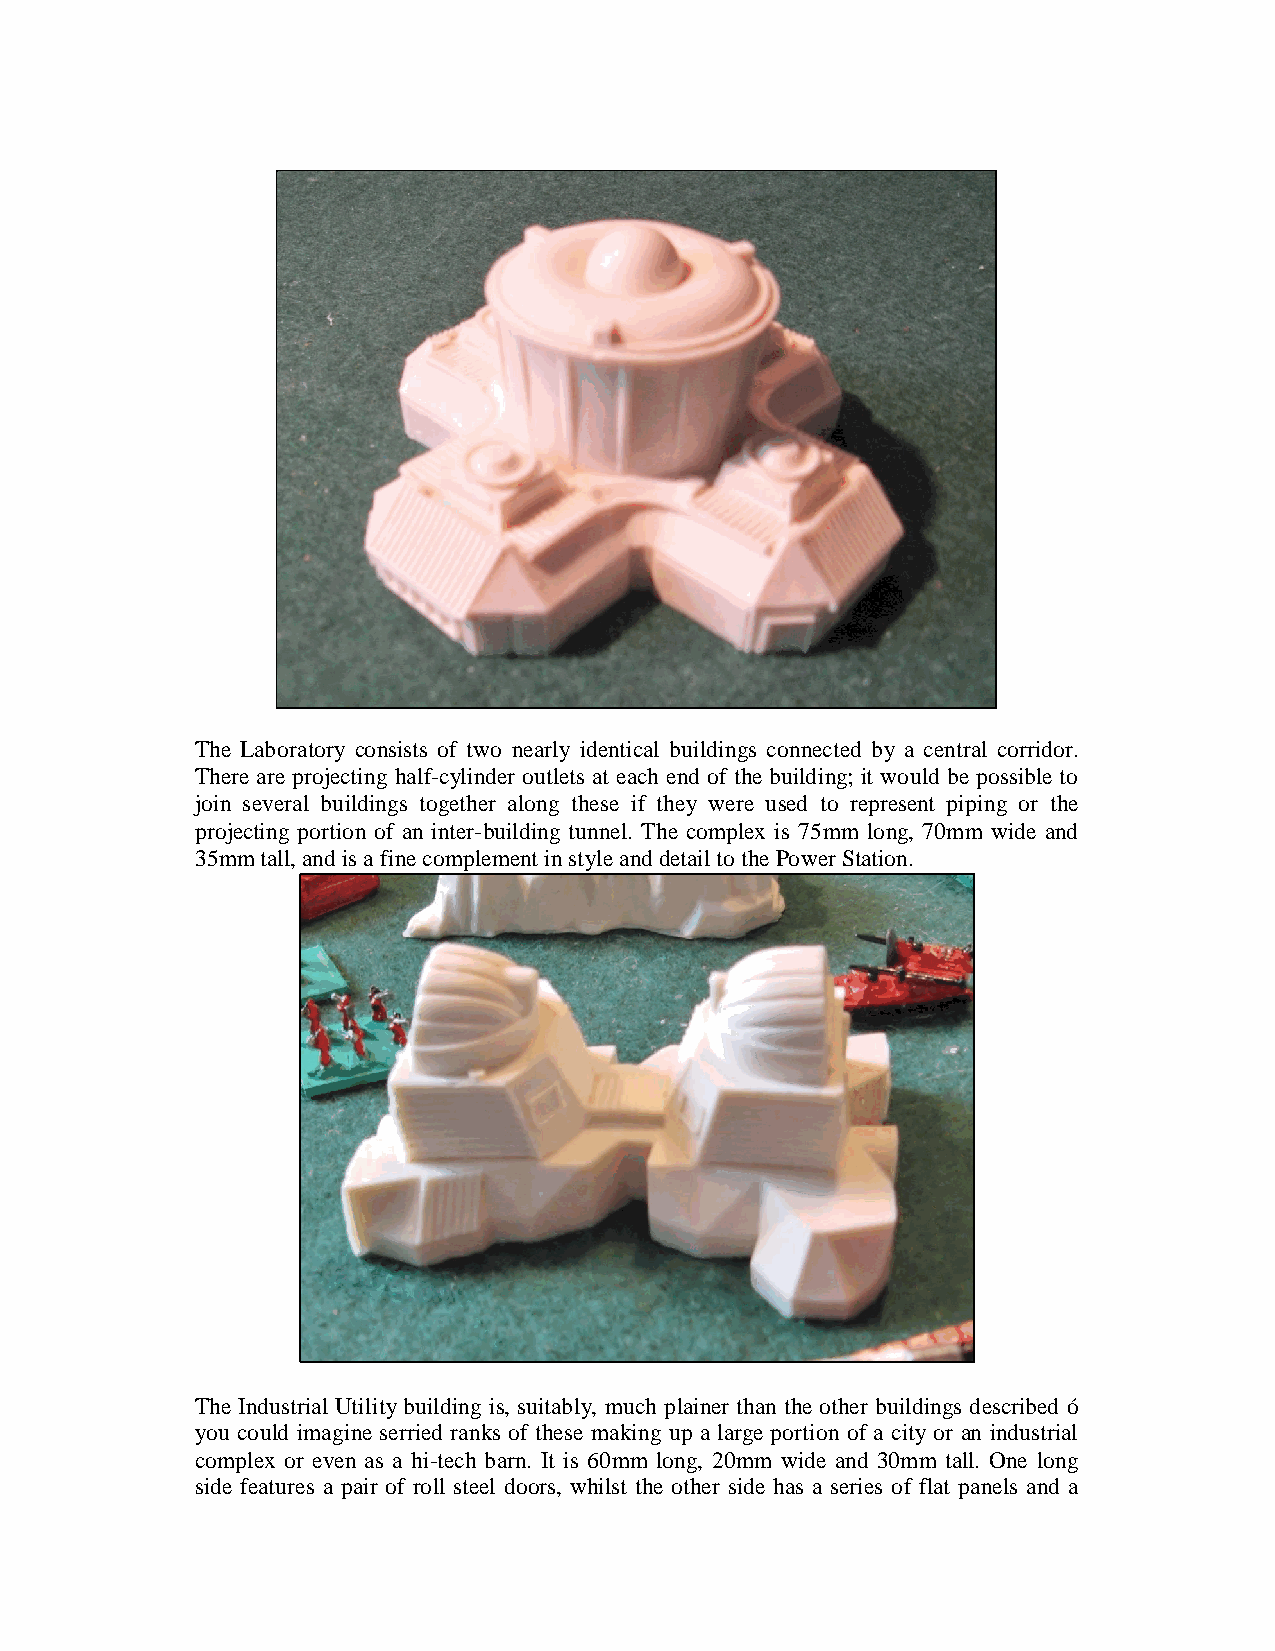
The Laboratory consists of two nearly identical buildings connected by a central corridor.
 There are projecting half-cylinder outlets at each end of the building; it would be possible to
 join several buildings together along these if they were used to represent piping or the
 projecting portion of an inter-building tunnel. The complex is 75mm long, 70mm wide and
 35mm tall, and is a fine complement in style and detail to the Power Station.
 The Industrial Utility building is, suitably, much plainer than the other buildings described –
 you could imagine serried ranks of these making up a large portion of a city or an industrial
 complex or even as a hi-tech barn. It is 60mm long, 20mm wide and 30mm tall. One long
 side features a pair of roll steel doors, whilst the other side has a series of flat panels and a